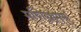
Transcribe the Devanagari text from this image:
मणिग्रामम्